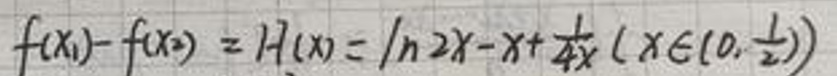
\[
f(x_1)-f(x_2)=H(x)=\ln 2x - x+\frac{1}{4x}\left(x\in\left(0,\frac{1}{2}\right)\right)
\]